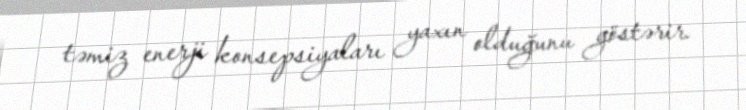
təmiz enerji konsepsiyaları yaxın olduğunu göstərir.